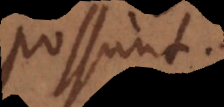
possunt.